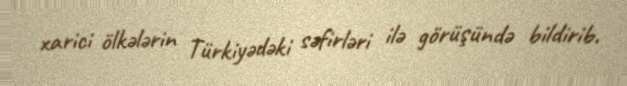
xarici ölkələrin Türkiyədəki səfirləri ilə görüşündə bildirib.